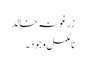
زرغونہ خالد
نامکمل وجود ۔